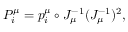
P _ { i } ^ { \mu } = p _ { i } ^ { \mu } \circ J _ { \mu } ^ { - 1 } ( J _ { \mu } ^ { - 1 } ) ^ { 2 } ,